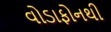
વોડાફોનથી